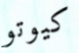
كيوتو